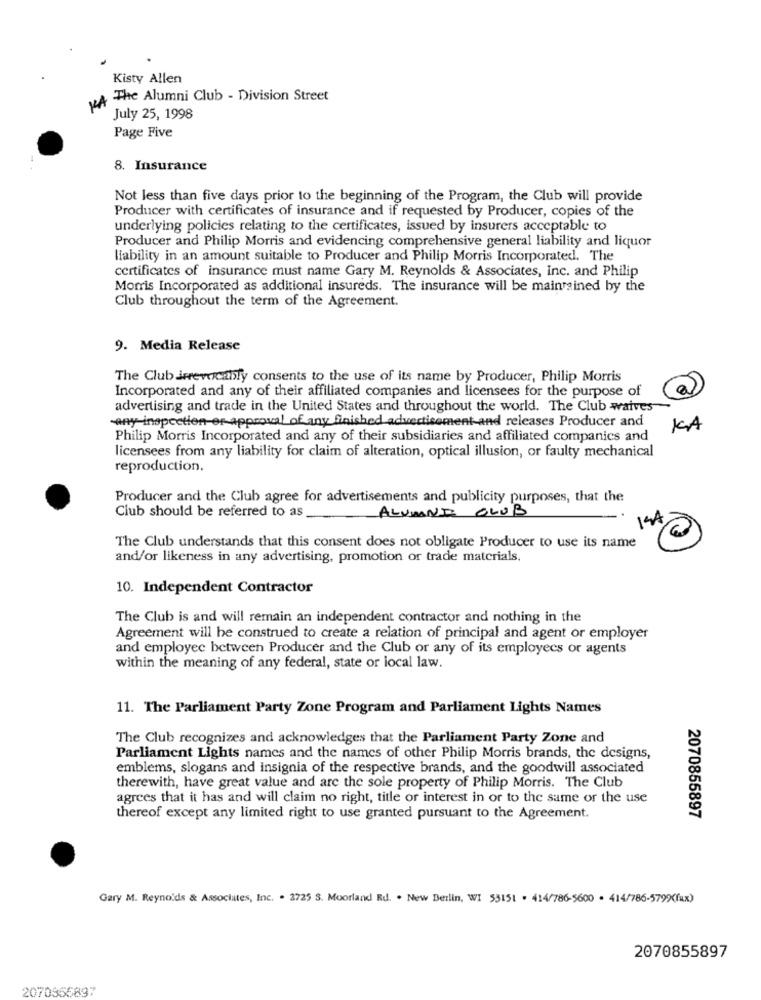
Kisty Allen
VA The Alumni Club - Division Street
July 25, 1998
Page Five
8. Insurance
Not less than five days prior to the beginning of the Program, the Club will provide
Producer with certificates of insurance and if requested by Producer, copies of the
underlying policies relating to the certificates, issued by insurers acceptable to
Producer and Philip Morris and evidencing comprehensive general liability and liquor
liability in an amount suitable to Producer and Philip Morris Incorporated. The
certificates of insurance must name Gary M. Reynolds & Associates, Inc. and Philip
Morris Incorporated as additional insureds. The insurance will be maintained by the
Club throughout the term of the Agreement.
9. Media Release
The Club Jerevocably consents to the use of its name by Producer, Philip Morris
Incorporated and any of their affiliated companies and licensees for the purpose of
a
advertising and trade in the United States and throughout the world. The Club waives
-any inspection or approval of any finished advertisement-and releases Producer and
KA
Philip Morris Incorporated and any of their subsidiaries and affiliated companies and
licensees from any liability for claim of alteration, optical illusion, or faulty mechanical
reproduction.
Producer and the Club agree for advertisements and publicity purposes, that the
ALUMNE CLUB
Club should be referred to as
14A
The Club understands that this consent does not obligate Producer to use its name
and/or likeness in any advertising, promotion or trade materials.
10. Independent Contractor
The Club is and will remain an independent contractor and nothing in the
Agreement will be construed to create a relation of principal and agent or employer
and employee between Producer and the Club or any of its employees or agents
within the meaning of any federal, state or local law.
11. The Parliament Party Zone Program and Parliament Lights Names
The Club recognizes and acknowledges that the Parliament Party Zone and
Parliament Lights names and the names of other Philip Morris brands, the designs,
emblems, slogans and insignia of the respective brands, and the goodwill associated
therewith, have great value and are the sole property of Philip Morris. The Club
agrees that it has and will claim no right, title or interest in or to the same or the use
thereof except any limited right to use granted pursuant to the Agreement.
2070855897
Gary M. Reynolds & Associates, Inc. . 3725 S. Moorland Rd. . New Berlin, WI 53151 . 414/786-5600 . 414/786-5799(fax)
2070855897
2070356897